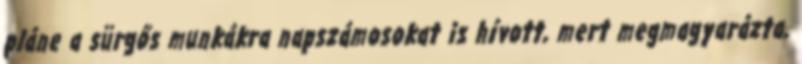
pláne a sürgős munkákra napszámosokat is hívott, mert megmagyarázta,